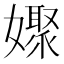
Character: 𡣞